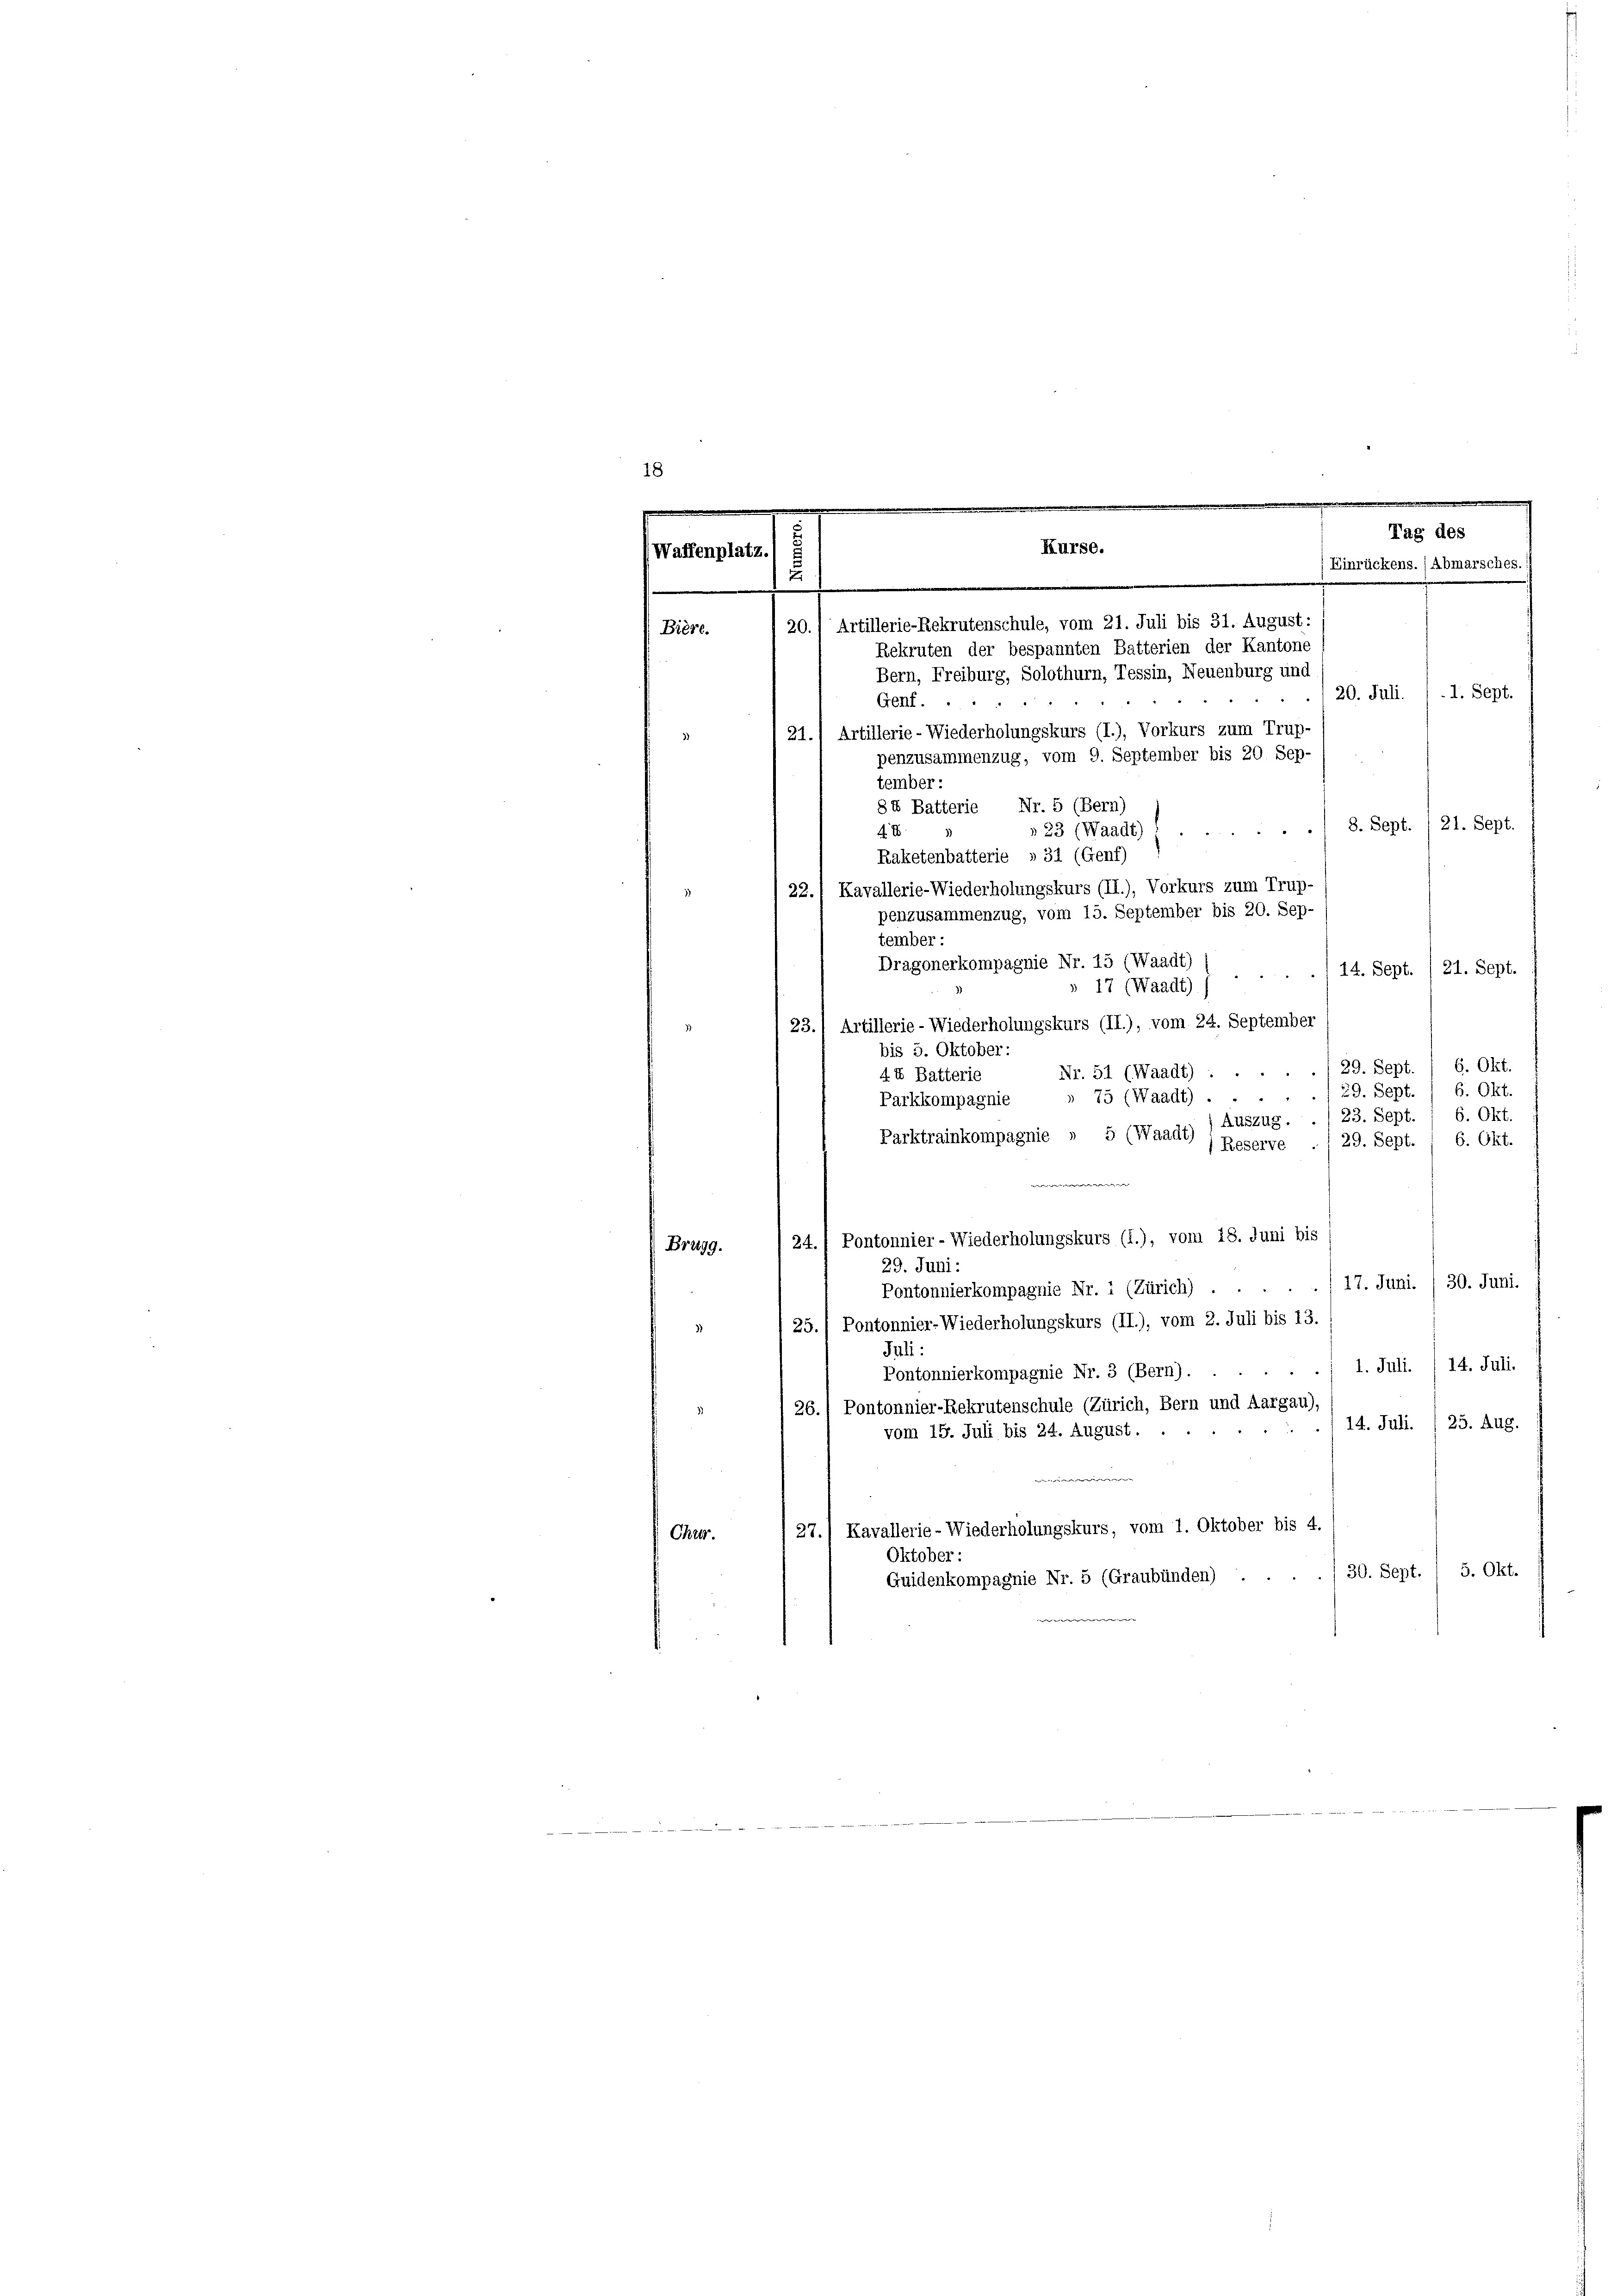
18

Rekruten der bespannten Batterien der Kantone
Bern, Freiburg, Solothurn, Tessin, Neuenburg und
20. Juli. 1. I. Sept.
Genf.
Artillerie-Wiederholungskurs (I.), Vorkurs zum Trup-
21.
penzusammenzug, vom 9. September bis 20 Sep-
tember:
84 Batterie Nr. 5 (Bern)
8. Sept. /21. Sept.
n
» 23 (Waadt)
4 x
Raketenbatterie » 31 (Genf)
22., Kavallerie-Wiederholungskurs (II.), Vorkurs zum Trup-
penzusammenzug, vom 15. September bis 20. Sep-
tember:
Dragonerkompagnie Nr. 15 (Waadt)
14. Sept. (21. Sept.

 17 (Waadt)
Artillerie-Wiederholungskurs (II.), vom 24. September
23.
bis 5. Oktober:
29. Sept. / 6. Okt.
Nr. 51 (Waadt):
4t Batterie
6. Okt.
./29. Sept.
» 75 (Waadt) .
Parkkompagnie
Auszug. ./ 23. Sept. / 6. Okt
Parktrainkompagnie » 5 (Waadt (Reserve ./29. Sept. / 6. Okt.
e
24.) Pontonnier- Wiederholungskurs (i.), vom 18. Juni bis
Brugg.
29. Juni:
17. Juni. /30. Juni.
Pontonnierkompagnie Nr. 1 (Zürich) .
25./ Pontonnier-Wiederholungskurs (II.), vom 2. Juli bis 13.
Juli:
1. Juli. /14. Juli.
Pontonnierkompagnie Nr. 3 (Bern).
26.) Pontonnier-Rekrutenschule (Zürich, Bern und Aargau),
14. Juli. /25. Aug.
vom 15. Juli bis 24. August.
27.) Kavallerie-Wiederholungskurs, vom 1. Oktober bis 4.
Chur.
Oktober:
30. Sept. / 5. Okt.
Guidenkompagnie Nr. 5 (Graubünden)
e

.
Tag des
1
Kurse.
Waffenplatz.) E
Einrückens. (Abmarsches.
21
20.) Artillerie-Rekrutenschule, vom 21. Juli bis 31. August:
Bière.